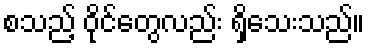
စသည့် ဝိုင်တွေလည်း ရှိသေးသည်။